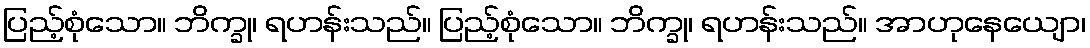
ပြည့်စုံသော။ ဘိက္ခု၊ ရဟန်းသည်။ ပြည့်စုံသော။ ဘိက္ခု၊ ရဟန်းသည်။ အာဟုနေယျော၊